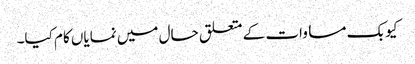
کیوبک مساوات کے متعلق حال میں نمایاں کام کیا۔